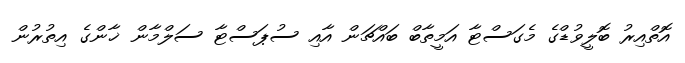
އޮތްއިރު ބޮލީވުޑްގެ މެގަސްޓާ އަމީތާބް ބައްޗަން އާއި ސުޕަސްޓާ ސަލްމާން ޚާންގެ އިތުރުން